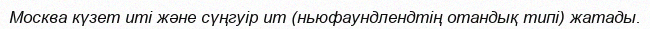
Москва күзет иті және сүңгуір ит (ньюфаундлендтің отандық типі) жатады.